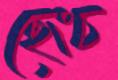
ছেংচ